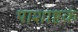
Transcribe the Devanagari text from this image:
पाशाष्टकं